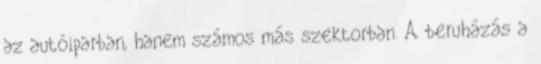
az autóiparban, hanem számos más szektorban. A beruházás a